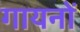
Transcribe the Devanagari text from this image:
गायनों